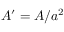
A ^ { \prime } = A / a ^ { 2 }